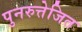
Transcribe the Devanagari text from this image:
पुनरुत्तेजित